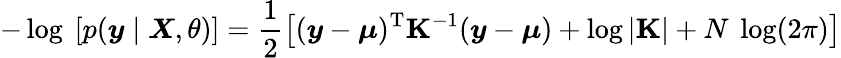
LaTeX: -\log\ [p(\boldsymbol{\mathit{y}}\mid\boldsymbol{X},\theta)]=\frac{{1}}{{2}}\left[(\boldsymbol{\mathit{y}}-\boldsymbol{\mu})^{\mathrm{{T}}}\mathbf{{K}}^{-1}(\boldsymbol{\mathit{y}}-\boldsymbol{\mu})+\log|\mathbf{{K}}|+N\ \log(2\pi)\right]